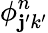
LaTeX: \phi_{\mathbf{j}^{\prime}k^{\prime}}^{n}